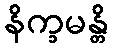
နိက္ခမန္တိ